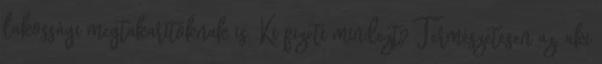
lakossági megtakarítóknak is. Ki fizeti mindezt? Természetesen az, aki